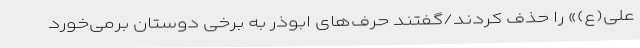
علی(ع)» را حذف کردند/گفتند حرف‌های ابوذر به برخی دوستان برمی‌خورد